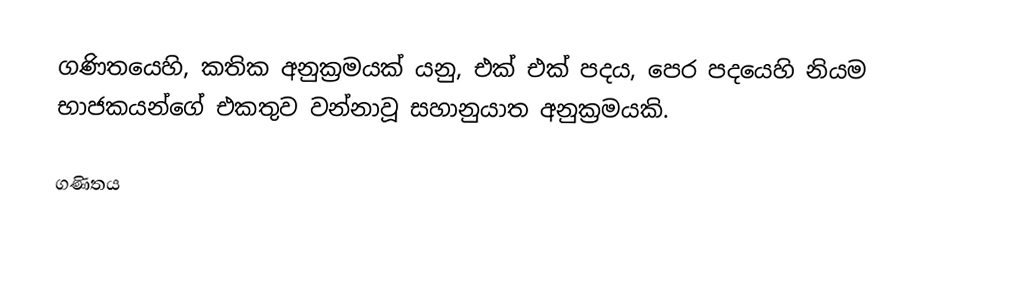
ගණිතයෙහි, කතික අනුක්‍රමයක් යනු, එක් එක් පදය, පෙර පදයෙහි නියම භාජකයන්ගේ එකතුව වන්නාවූ  සහානුයාත අනුක්‍රමයකි.

ගණිතය